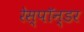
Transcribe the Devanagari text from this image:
रेस्पॉन्डर